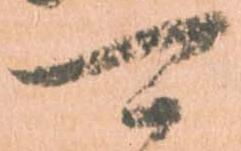
可